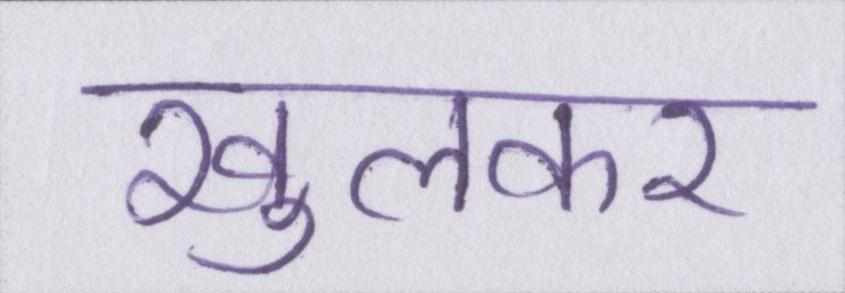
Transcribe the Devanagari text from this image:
खुलकर